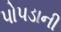
પોપડાની